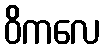
ဝိကလေ